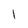
Character: l